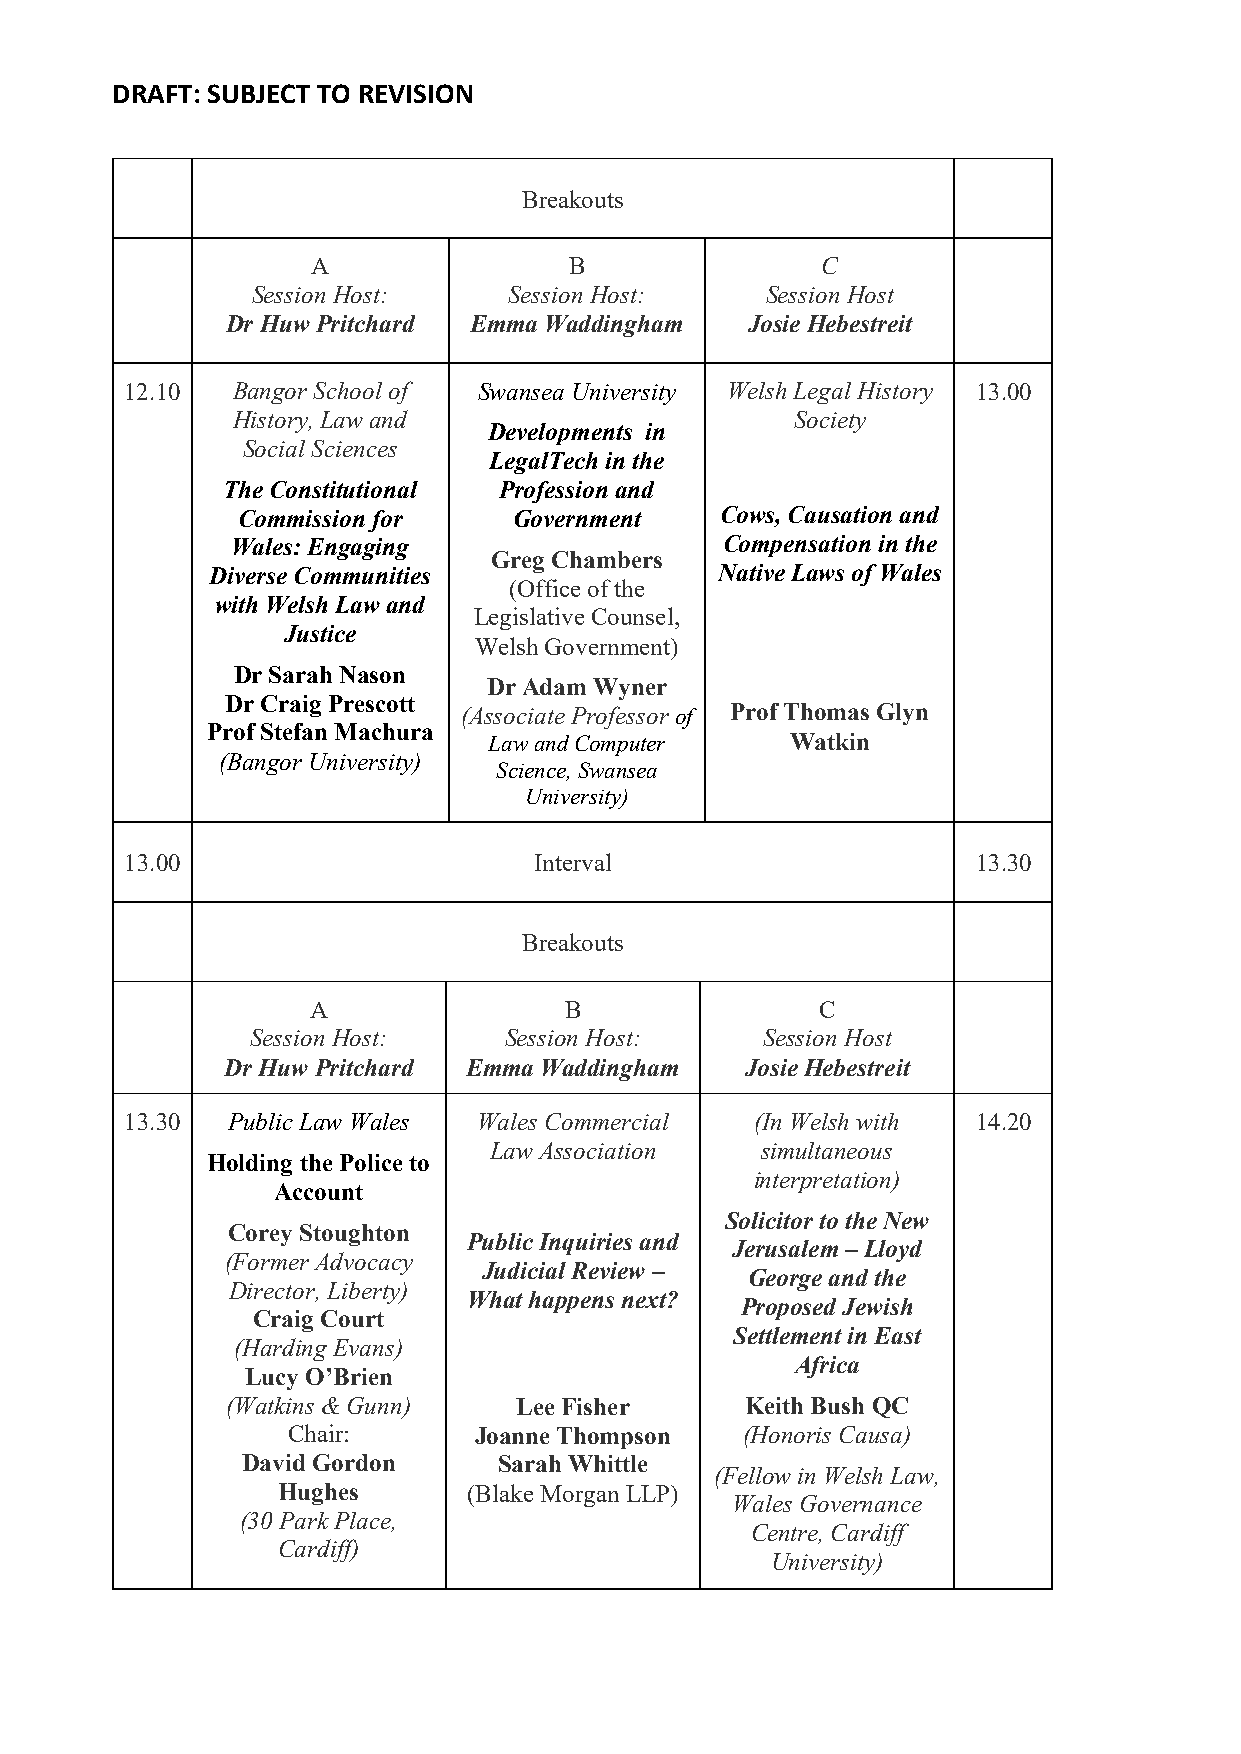
DRAFT: SUBJECT TO REVISION
 Breakouts
 A                B               C
 Session Host:    Session Host:    Session Host
 Dr Huw Pritchard Emma Waddingham  Josie Hebestreit
 12.10  Bangor School of Swansea University Welsh Legal History 13.00
 History, Law and                      Society
 Developments in
 Social Sciences
 LegalTech in the
 The Constitutional Profession and
 Commission for    Government    Cows, Causation and
 Wales: Engaging                  Compensation in the
 Greg Chambers
 Diverse Communities               Native Laws of Wales
 (Office of the
 with Welsh Law and
 Legislative Counsel,
 Justice
 Welsh Government)
 Dr Sarah Nason
 Dr Adam Wyner
 Dr Craig Prescott
 (Associate Professor of Prof Thomas Glyn
 Prof Stefan Machura
 Law and Computer    Watkin
 (Bangor University)
 Science, Swansea
 University)
 13.00                      Interval                      13.30
 Breakouts
 A                B                C
 Session Host:   Session Host:    Session Host
 Dr Huw Pritchard Emma Waddingham  Josie Hebestreit
 13.30  Public Law Wales Wales Commercial  (In Welsh with 14.20
 Law Association   simultaneous
 Holding the Police to
 interpretation)
 Account
 Solicitor to the New
 Corey Stoughton
 Public Inquiries and
 Jerusalem – Lloyd
 (Former Advocacy
 Judicial Review –
 George and the
 Director, Liberty)
 What happens next?
 Proposed Jewish
 Craig Court
 Settlement in East
 (Harding Evans)
 Africa
 Lucy O’Brien
 (Watkins & Gunn)   Lee Fisher     Keith Bush QC
 Chair:      Joanne Thompson   (Honoris Causa)
 David Gordon     Sarah Whittle
 (Fellow in Welsh Law,
 Hughes       (Blake Morgan LLP)
 Wales Governance
 (30 Park Place,
 Centre, Cardiff
 Cardiff)
 University)